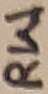
Text: RW